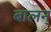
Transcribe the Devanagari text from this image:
बालन्